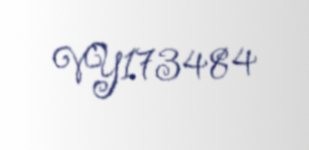
VY173484